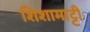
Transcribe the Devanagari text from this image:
शिशामाट्टी